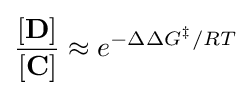
{\frac {[\mathbf {D} ]}{[\mathbf {C} ]}}\approx e^{-\Delta \Delta G^{\ddagger }/RT}